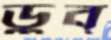
ডুব্